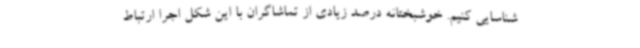
شناسایی کنیم. خوشبختانه درصد زیادی از تماشاگران با این شکل اجرا ارتباط